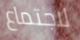
لاجتماع